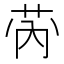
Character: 𱽡